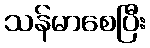
သန်မာစေပြီး